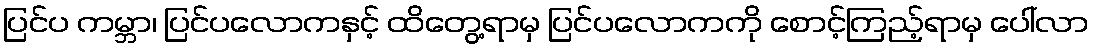
ပြင်ပ ကမ္ဘာ၊ ပြင်ပလောကနှင့် ထိတွေ့ရာမှ ပြင်ပလောကကို စောင့်ကြည့်ရာမှ ပေါ်လာ